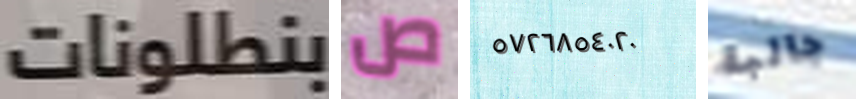
بنطلونات ص ٥٧٢٦٨٥٤٠٢٠ جالبة